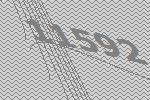
11592